Relation of titanus [i.e. tetanus] to the hypodermic or intramuscular injection of quinine - Number 43
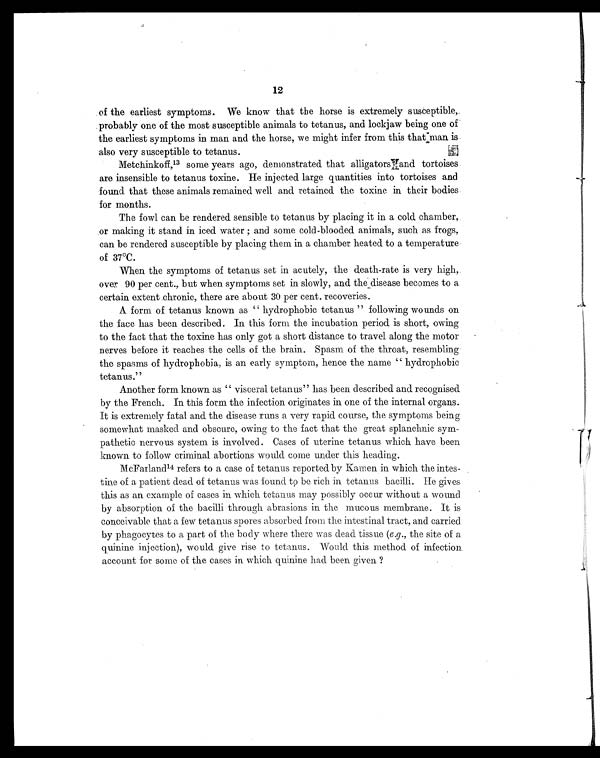
12
of the earliest symptoms. We know that the horse is extremely susceptible,
probably one of the most susceptible animals to tetanus, and lockjaw being one of
the earliest symptoms in man and the horse, we might infer from this that man is
also very susceptible to tetanus.
Metchinkoff,13 some years ago, demonstrated that alligators and tortoises
are insensible to tetanus toxine. He injected large quantities into tortoises and
found that these animals remained well and retained the toxine in their bodies
for months.
The fowl can be rendered sensible to tetanus by placing it in a cold, chamber,
or making it stand in iced water; and some cold-blooded animals, such as frogs,
can be rendered susceptible by placing them in a chamber heated to a temperature
of 37°C.
When the symptoms of tetanus set in acutely, the death-rate is very high,
over 90 per cent., but when symptoms set in slowly, and the disease becomes to a
certain extent chronic, there are about 30 per cent. recoveries.
A form of tetanus known as "hydrophobic tetanus" following wounds on
the face has been described. In this form the incubation period is short, owing
to the fact that the toxine has only got a short distance to travel along the motor
nerves before it reaches the cells of the brain. Spasm of the throat, resembling
the spasms of hydrophobia, is an early symptom, hence the name "hydrophobic
tetanus."
Another form known as "visceral tetanus" has been described and recognised
by the French. In this form the infection originates in one of the internal organs.
It is extremely fatal and the disease runs a very rapid course, the symptoms being
somewhat masked and obscure, owing to the fact that the great splanchnic sym-
pathetic nervous system is involved. Cases of uterine tetanus which have been
known to follow criminal abortions would come under this heading.
McFarland14 refers to a case of tetanus reported by Kamen in which the intes-
tine of a patient dead of tetanus was found to be rich in tetanus bacilli. He gives
this as an example of cases in which tetanus may possibly occur without a wound
by absorption of the bacilli through abrasions in the mucous membrane. It is
conceivable that a few tetanus spores absorbed from the intestinal tract, and carried
by phagocytes to a part of the body where there was dead tissue ( e.g ., the site of a
quinine injection), would give rise to tetanus. Would this method of infection
account for some of the cases in which quinine had been given ?